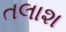
તલાશ